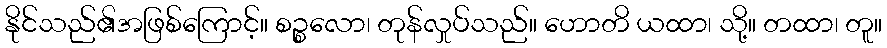
နိုင်သည်၏အဖြစ်ကြောင့်။ စဉ္စလော၊ တုန်လှုပ်သည်။ ဟောတိ ယထာ၊ သို့။ တထာ၊ တူ။